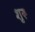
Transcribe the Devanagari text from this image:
शुरू